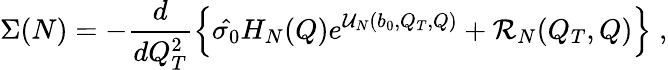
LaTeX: \Sigma(N)=-{\frac{d}{dQ_{T}^{2}}}\Bigl\{ \hat{\sigma_{0}}H_{N}(Q)e^{{\cal U}_{N}(b_{0},Q_{T},Q)}+{\cal R}_{N}(Q_{T},Q)\Bigr\} \; ,